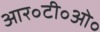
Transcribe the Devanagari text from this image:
आर॰टी॰ओ॰